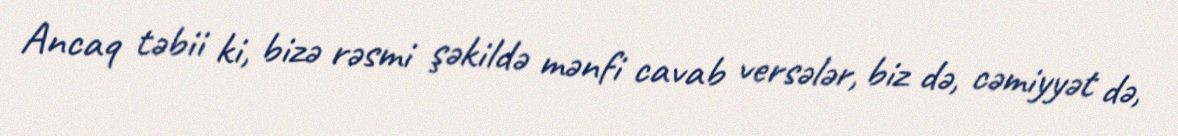
Ancaq təbii ki, bizə rəsmi şəkildə mənfi cavab versələr, biz də, cəmiyyət də,